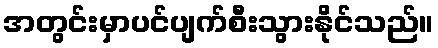
အတွင်းမှာပင်ပျက်စီးသွားနိုင်သည်။